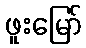
ဖူးမြော်